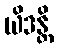
ယိဒန္တိ